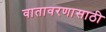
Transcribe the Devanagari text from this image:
वातावरणासाठी